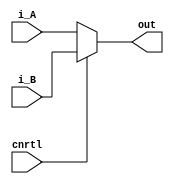
module mux2inputs_to_5bit(i_A, i_B, cnrtl, out);
input  		[4:0] i_A;
input   		[4:0] i_B;
input       cnrtl;

output reg	[4:0] out;

always@(*) begin
	out = (!cnrtl) ? i_A : i_B;
end

endmodule